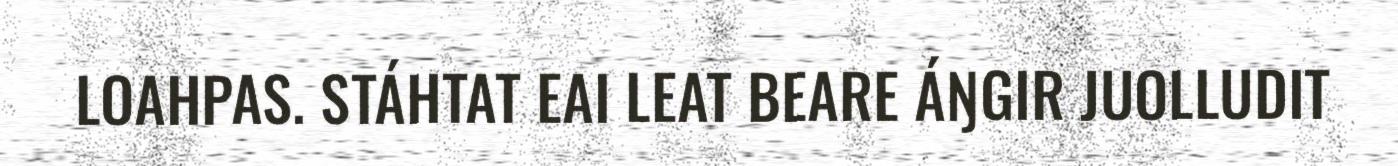
LOAHPAS. STÁHTAT EAI LEAT BEARE ÁŊGIR JUOLLUDIT